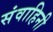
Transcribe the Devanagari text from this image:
संवाहिनी